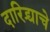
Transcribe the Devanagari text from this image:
दारिद्र्याचे